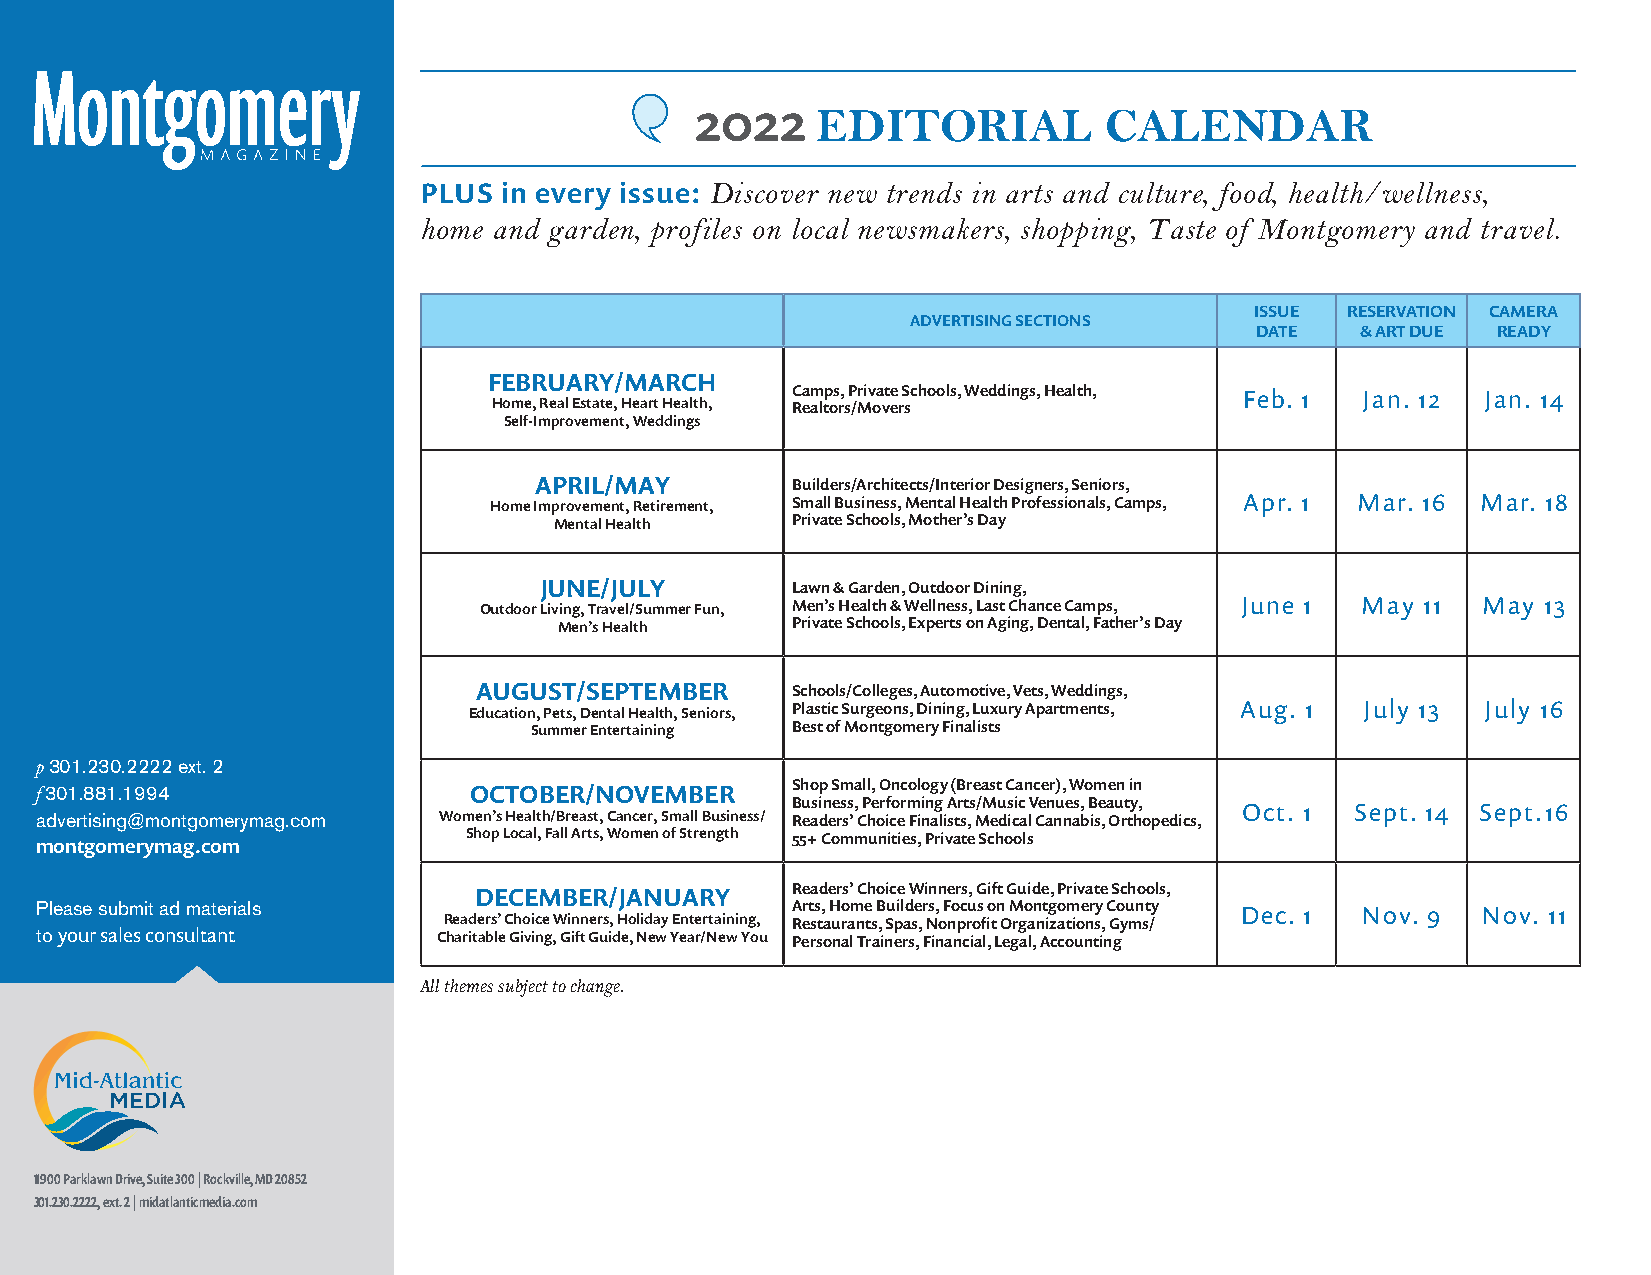
2022    EDITORIAL          CALENDAR
 PLUS in every issue: Discover new trends in arts and culture, food, health/wellness,
 home and garden, profiles on local newsmakers, shopping, Taste of Montgomery and travel.
 ISSUE RESERVATION CAMERA
 ADVERTISING SECTIONS
 DATE   & ART DUE READY
 FEBRUARY/MARCH
 Camps, Private Schools, Weddings, Health, Feb. 1 Jan. 12 Jan. 14
 Home, Real Estate, Heart Health, Realtors/Movers
 Self-Improvement, Weddings
 APRIL/MAY        Builders/Architects/Interior Designers, Seniors,
 Home Improvement, Retirement, Small Business, Mental Health Professionals, Camps, Apr. 1 Mar. 16 Mar. 18
 Mental Health  Private Schools, Mother’s Day
 JUNE/JULY       Lawn & Garden, Outdoor Dining,
 Outdoor Living, Travel/Summer Fun, Men’s Health & Wellness, Last Chance Camps, June 1 May 11 May 13
 Men’s Health   Private Schools, Experts on Aging, Dental, Father’s Day
 AUGUST/SEPTEMBER    Schools/Colleges, Automotive, Vets, Weddings,
 Education, Pets, Dental Health, Seniors, Plastic Surgeons, Dining, Luxury Apartments, Aug. 1 July 13 July 16
 Summer Entertaining Best of Montgomery Finalists
 p301.230.2222 ext. 2
 f301.881.1994                OCTOBER/NOVEMBER     Shop Small, Oncology (Breast Cancer), Women in
 Business, Performing Arts/Music Venues, Beauty, Oct. 1 Sept. 14 Sept.16
 advertising@montgomerymag.com Women’s Health/Breast, Cancer, Small Business/ Readers’ Choice Finalists, Medical Cannabis, Orthopedics,
 montgomerymag.com            Shop Local, Fall Arts, Women of Strength 55+ Communities, Private Schools
 DECEMBER/JANUARY     Readers’ Choice Winners, Gift Guide, Private Schools,
 Please submit ad materials                        Arts, Home Builders, Focus on Montgomery County Dec. 1 Nov. 9 Nov. 11
 Readers’ Choice Winners, Holiday Entertaining, Restaurants, Spas, Nonprofit Organizations, Gyms/
 to your sales consultant   Charitable Giving, Gift Guide, New Year/New You Personal Trainers, Financial, Legal, Accounting
 All themes subject to change.
 11900 Parklawn Drive, Suite 300 | Rockville, MD 20852
 301.230.2222, ext. 2 | midatlanticmedia.com